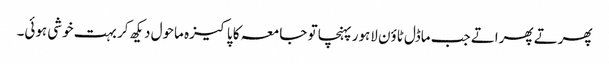
پھرتے پھراتے جب ماڈل ٹاؤن لاہور پہنچا تو جامعہ کا پاکیزہ ماحول دیکھ کر بہت خوشی ہوئی۔